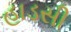
હાડસી